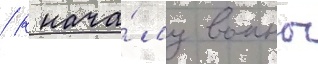
/ к нача́лу воины